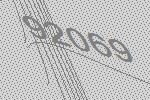
92069